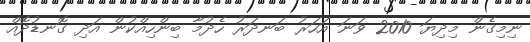
ނިމިގެން މިދިޔަ 2010 ވަނަ އަހަރު ބަނދަރު ހެދުމާ ބިންހިއްކުން އަދި ގޮނޑުދޮއް